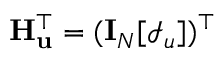
\mathbf { H } _ { \mathbf { u } } ^ { \top } = ( \mathbf { I } _ { N } [ \mathcal { I } _ { u } ] ) ^ { \top }